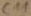
Text: C11